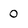
Character: 0